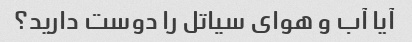
آیا آب و هوای سیاتل را دوست دارید؟